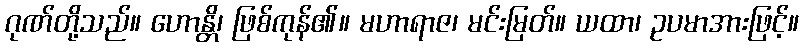
ဂုဏ်တို့သည်။ ဟောန္တိ၊ ဖြစ်ကုန်၏။ မဟာရာဇ၊ မင်းမြတ်။ ယထာ၊ ဥပမာအားဖြင့်။